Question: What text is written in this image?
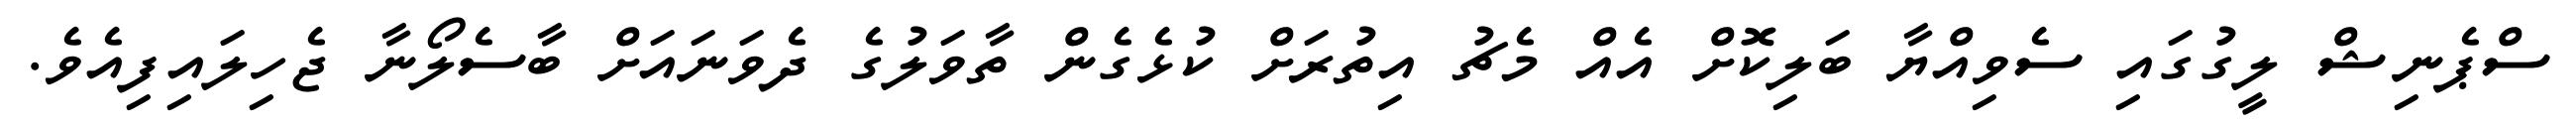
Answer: ސްޕެނިޝް ލީގުގައި ސެވިއްޔާ ބަލިކޮށް އެއް މެޗު އިތުރަށް ކުޅެގެން ތާވަލުގެ ދެވަނައަށް ބާސެލޯނާ ޖެހިލައިފިއެވެ.